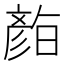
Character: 𭛛